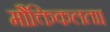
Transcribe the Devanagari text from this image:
मौक्तिकलता।